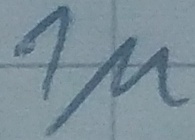
Text: 1µ